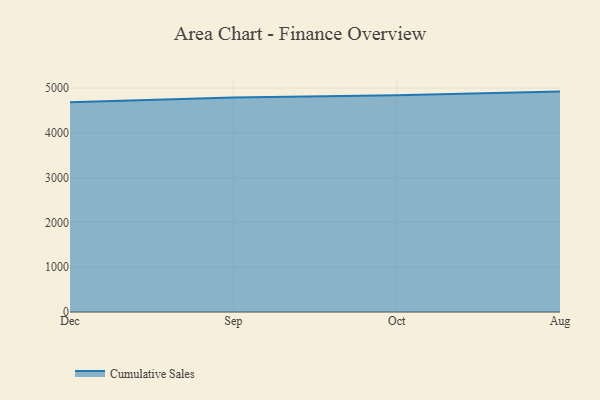
{"axis": {"x": "Month", "y": "Headcount"}, "legend": ["Cumulative Sales"], "data": [{"x": "Dec", "y": 4685.5, "type": "Cumulative Sales"}, {"x": "Sep", "y": 4789.4, "type": "Cumulative Sales"}, {"x": "Oct", "y": 4840.9, "type": "Cumulative Sales"}, {"x": "Aug", "y": 4920.7, "type": "Cumulative Sales"}]}